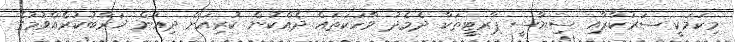
މިކަމަކީ ސަރުކާރާއި ސިޔާސީ ޕާރޓީތަކާ ދެމެދު ވާހަކަތައް ދެއްކުން ކުރިއަށް ދިއުން ޚަރާބުކުރެއްވުމުގެ